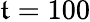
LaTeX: \mathfrak{t}=100